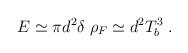
LaTeX: \begin{align*}E \simeq \pi d^2 \delta \; \rho_F \simeq d^2 T_b^3 \; .\end{align*}